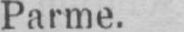
Parme.